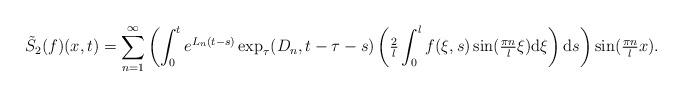
LaTeX: \begin{align*} \tilde{S}_{2}&(f)(x, t) = \sum_{n = 1}^{\infty} \left(\int_{0}^{t} e^{L_{n}(t - s)} \exp_{\tau}(D_{n}, t - \tau - s) \left(\tfrac{2}{l} \int_{0}^{l} f(\xi, s) \sin(\tfrac{\pi n}{l} \xi) \mathrm{d}\xi\right) \mathrm{d}s\right) \sin(\tfrac{\pi n}{l} x). \end{align*}